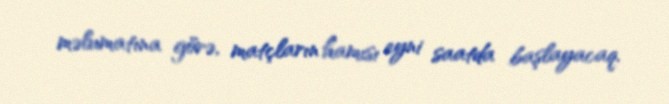
məlumatına görə, matçların hamısı eyni saatda başlayacaq.